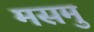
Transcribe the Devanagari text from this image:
मसमु